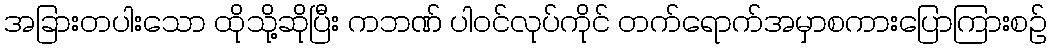
အခြားတပါးသော ထိုသို့ဆိုပြီး ကဘဏ် ပါဝင်လုပ်ကိုင် တက်ရောက်အမှာစကားပြောကြားစဉ်